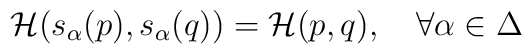
{\cal H}(s_{\alpha}(p),s_{\alpha}(q))={\cal H}(p,q), \quad   \forall\alpha\in\Delta